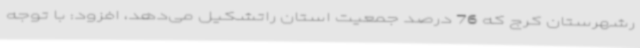
رشهرستان کرج که 76 درصد جمعیت استان راتشکیل می‌دهد، افزود: با توجه